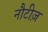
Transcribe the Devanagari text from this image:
नौटीज़